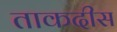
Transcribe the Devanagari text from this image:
ताकदीस